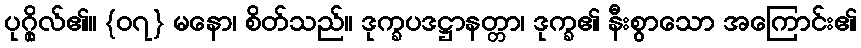
ပုဂ္ဂိုလ်၏။ {၀၇} မနော၊ စိတ်သည်။ ဒုက္ခပဒဋ္ဌာနတ္တာ၊ ဒုက္ခ၏ နီးစွာသော အကြောင်း၏